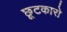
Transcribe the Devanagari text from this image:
छूटकारो